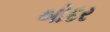
બોદર